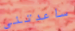
ساعدتنى